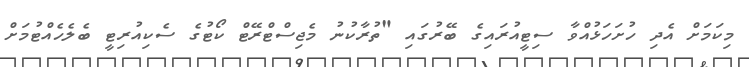
މިކަމަށް އެދި ހުށަހަޅުއްވާ ސިޓީއުރައިގެ ބޭރުގައި "ތުރާކުނު މެޖިސްޓްރޭޓް ކޯޓުގެ ސެކިއުރިޓީ ބެލެހެއްޓުމަށް